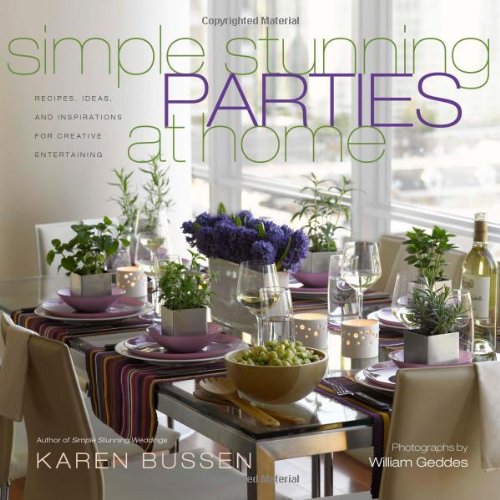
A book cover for Simple Stunning Parties at Home: Recipes, Ideas, and Inspirations for Creative Entertaining; Karen Bussen; Cookbooks, Food & Wine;